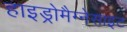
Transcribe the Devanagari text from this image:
हाइड्रोमैग्नेसाइट